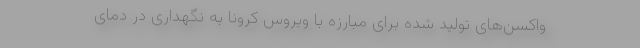
واکسن‌های تولید شده برای مبارزه با ویروس کرونا به نگهداری در دمای